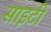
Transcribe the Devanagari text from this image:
साइटी